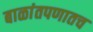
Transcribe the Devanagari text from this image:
बाळांतपणातच